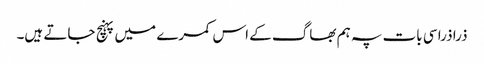
ذرا ذرا سی بات پہ ہم بھاگ کے اس کمرے میں پہنچ جاتے ہیں۔